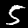
Label: 5